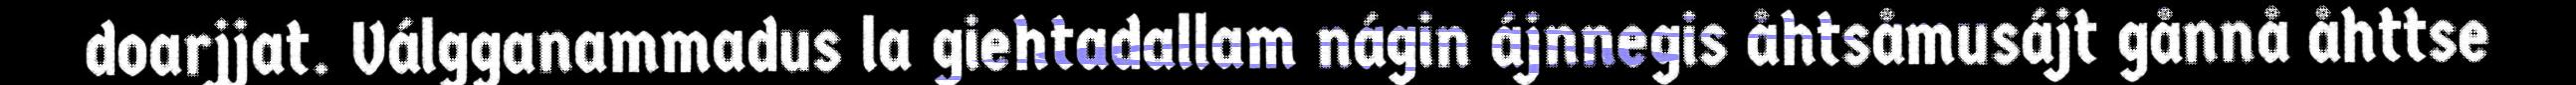
doarjjat. Válgganammadus la giehtadallam nágin ájnnegis åhtsåmusájt gånnå åhttse